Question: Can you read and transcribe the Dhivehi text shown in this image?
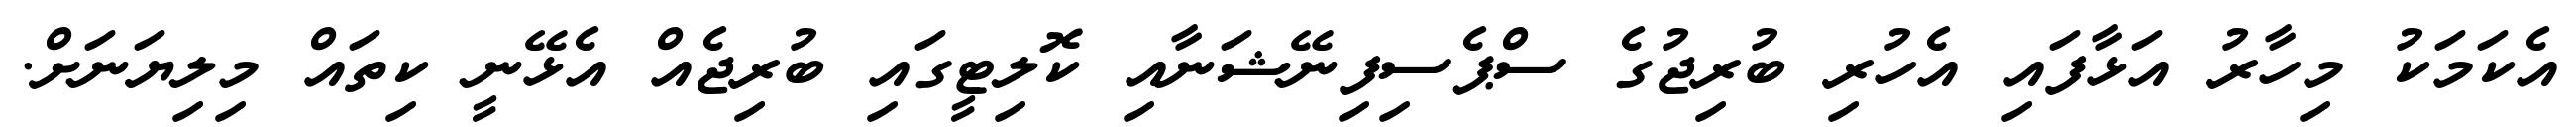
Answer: އެކަމަކު މިހާރު އަޅާފައި އެހުރި ބުރިޖުގެ ސްޕެސިފިނޭޝަނާއި ކޮލިޓީގައި ބުރިޖެއް އެޅޭނީ ކިތައް މިލިޔަނަށް.